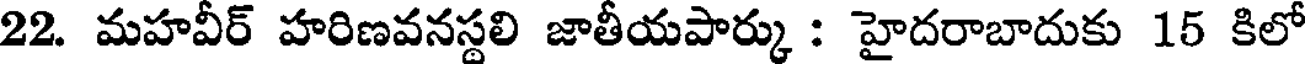
22. మహవీర్ హరిణవనస్థలి జాతీయపార్కు : హైదరాబాదుకు 15 కిలో